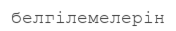
белгілемелерін